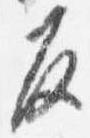
反